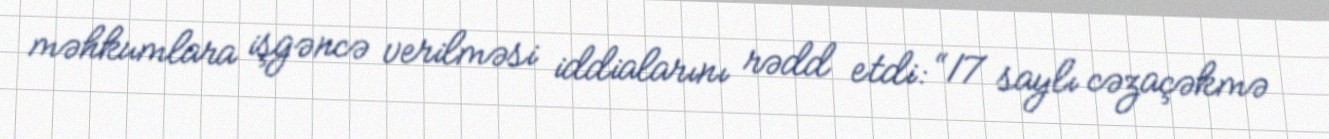
məhkumlara işgəncə verilməsi iddialarını rədd etdi: “17 saylı cəzaçəkmə